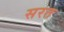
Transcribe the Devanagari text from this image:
सरत